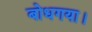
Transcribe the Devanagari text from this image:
बोधगया।